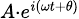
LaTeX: \scriptstyle A\cdot e^{i(\omega t+\theta)}